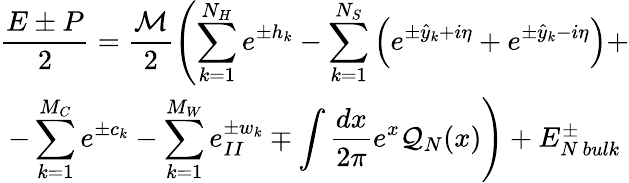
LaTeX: \begin{array}{c}{{\displaystyle\displaystyle\frac{E\pm P}{2}=\displaystyle\frac{{\cal M}}{2}\left(\displaystyle\sum_{k=1}^{N_{H}}e^{\pm h_{k}}-\displaystyle\sum_{k=1}^{N_{S}}\left(e^{\pm\hat{y}_{k}+i\eta}+e^{\pm\hat{y}_{k}-i\eta}\right)+\right.}}\\ {{\left.-\displaystyle\sum_{k=1}^{M_{C}}e^{\pm c_{k}}-\displaystyle\sum_{k=1}^{M_{W}}e_{II}^{\pm w_{k}}\mp\displaystyle\int\displaystyle\frac{dx}{2\pi}e^{x}{\cal Q}_{N}(x)\right)+E_{N\, bulk}^{\pm}}}\end{array}